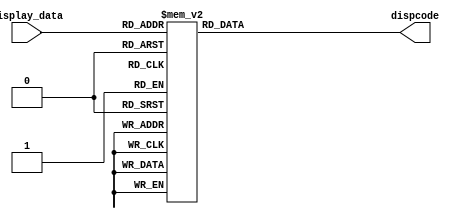
`timescale 1ns / 1ps

module SegLED(
    input [3:0] display_data,
    output reg [7:0] dispcode
    );
    always @( display_data ) begin
        case (display_data)
            4'b0000 : dispcode = 8'b1100_0000; //0'0'-'1'-
            4'b0001 : dispcode = 8'b1111_1001; //1
            4'b0010 : dispcode = 8'b1010_0100; //2
            4'b0011 : dispcode = 8'b1011_0000; //3
            4'b0100 : dispcode = 8'b1001_1001; //4
            4'b0101 : dispcode = 8'b1001_0010; //5
            4'b0110 : dispcode = 8'b1000_0010; //6
            4'b0111 : dispcode = 8'b1101_1000; //7
            4'b1000 : dispcode = 8'b1000_0000; //8
            4'b1001 : dispcode = 8'b1001_0000; //9
            4'b1010 : dispcode = 8'b1000_1000; //A
            4'b1011 : dispcode = 8'b1000_0011; //b
            4'b1100 : dispcode = 8'b1100_0110; //C
            4'b1101 : dispcode = 8'b1010_0001; //d
            4'b1110 : dispcode = 8'b1000_0110; //E
            4'b1111 : dispcode = 8'b1000_1110; //F
            default : dispcode = 8'b0000_0000; //
        endcase
    end
endmodule